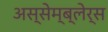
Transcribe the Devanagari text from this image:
अस्सेम्ब्लेर्स